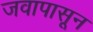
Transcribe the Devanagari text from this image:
जवापासून